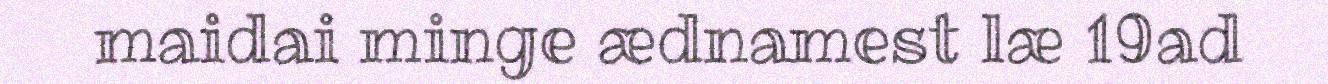
maidai minge ædnamest læ 19ad